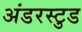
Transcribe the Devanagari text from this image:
अंडरस्टुड